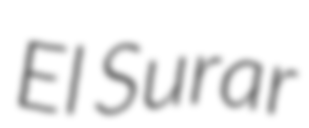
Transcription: El Surar